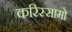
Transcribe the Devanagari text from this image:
करिस्सामो